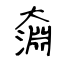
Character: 奫